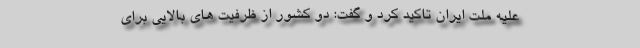
علیه ملت ایران تاکید کرد و گفت: دو کشور از ظرفیت های بالایی برای